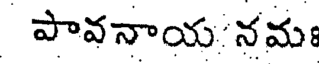
పావనాయ నమః